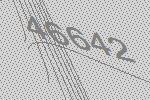
46642